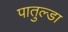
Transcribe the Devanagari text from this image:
पातुल्डा